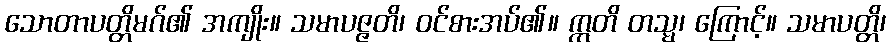
သောတာပတ္တိမဂ်၏ အကျိုး။ သမာပဇ္ဇတိ၊ ဝင်စားအပ်၏။ ဣတိ တသ္မ၊ ကြောင့်။ သမာပတ္တိ၊